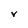
Character: V